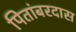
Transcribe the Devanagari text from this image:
पितांबरदास